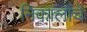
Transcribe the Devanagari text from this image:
निकालांचे